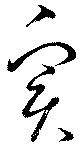
実